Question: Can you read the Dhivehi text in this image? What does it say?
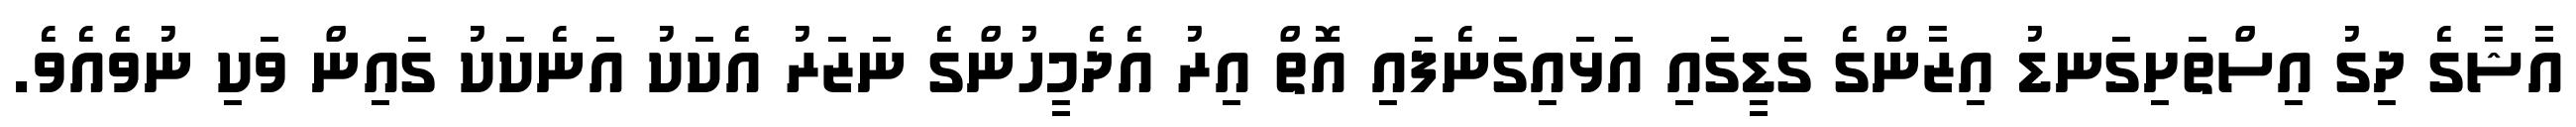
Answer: އާޝާގެ ދިގު އިސްތަށިގަނޑު އިޒާންގެ ގަޑީގައި އަޅައިގަނެފައި އޮތް އިރު އެދެމީހުންގެ ނަޒަރު އެކަކު އަނެކަކު ގައިން ވަކި ނުވެއެވެ.